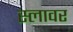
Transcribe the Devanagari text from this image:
स्लावर